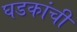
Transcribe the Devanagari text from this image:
घडकांची